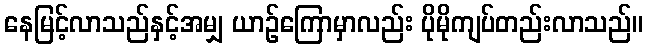
နေမြင့်လာသည်နှင့်အမျှ ယာဉ်ကြောမှာလည်း ပိုမိုကျပ်တည်းလာသည်။